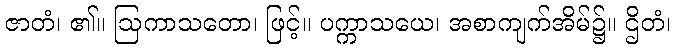
ဇာတံ၊ ၏။ ဩကာသတော၊ ဖြင့်။ ပက္ကာသယေ၊ အစာကျက်အိမ်၌။ ဌိတံ၊